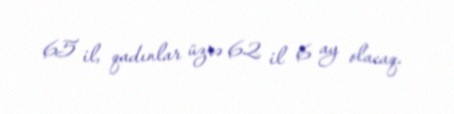
65 il, qadınlar üzrə 62 il 6 ay olacaq.